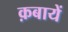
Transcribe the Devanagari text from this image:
क़बायें